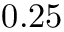
0 . 2 5